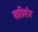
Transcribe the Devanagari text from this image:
खात्रिशीर